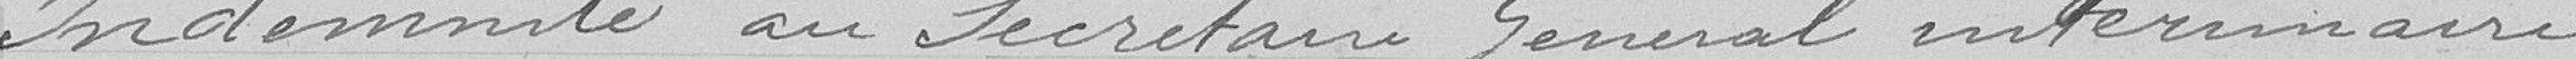
Indemnité au secrétaire général intérimaire